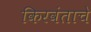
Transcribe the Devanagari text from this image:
किरवंताचे